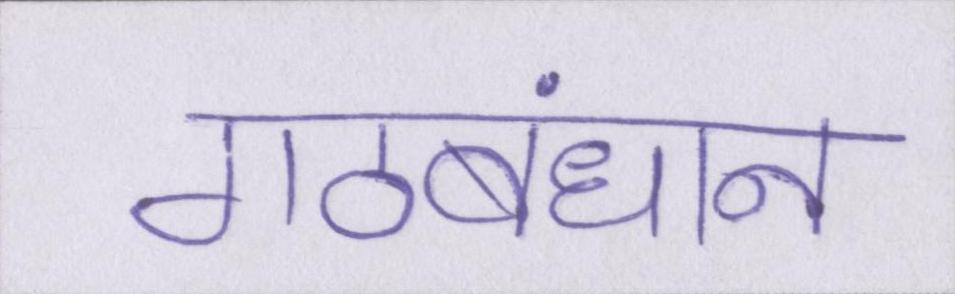
गठबंधान